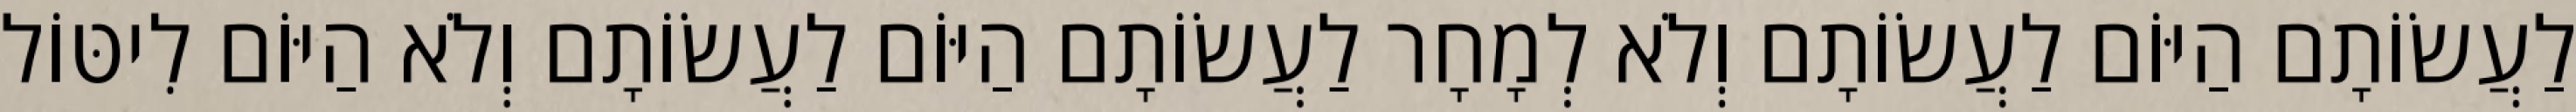
לַעֲשׂוֹתָם הַיּוֹם לַעֲשׂוֹתָם וְלֹא לְמָחָר לַעֲשׂוֹתָם הַיּוֹם לַעֲשׂוֹתָם וְלֹא הַיּוֹם לִיטּוֹל